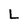
Character: L